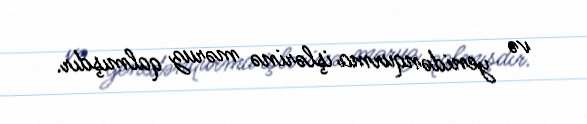
və yenidənqurma işlərinə məruz qalmışdır.